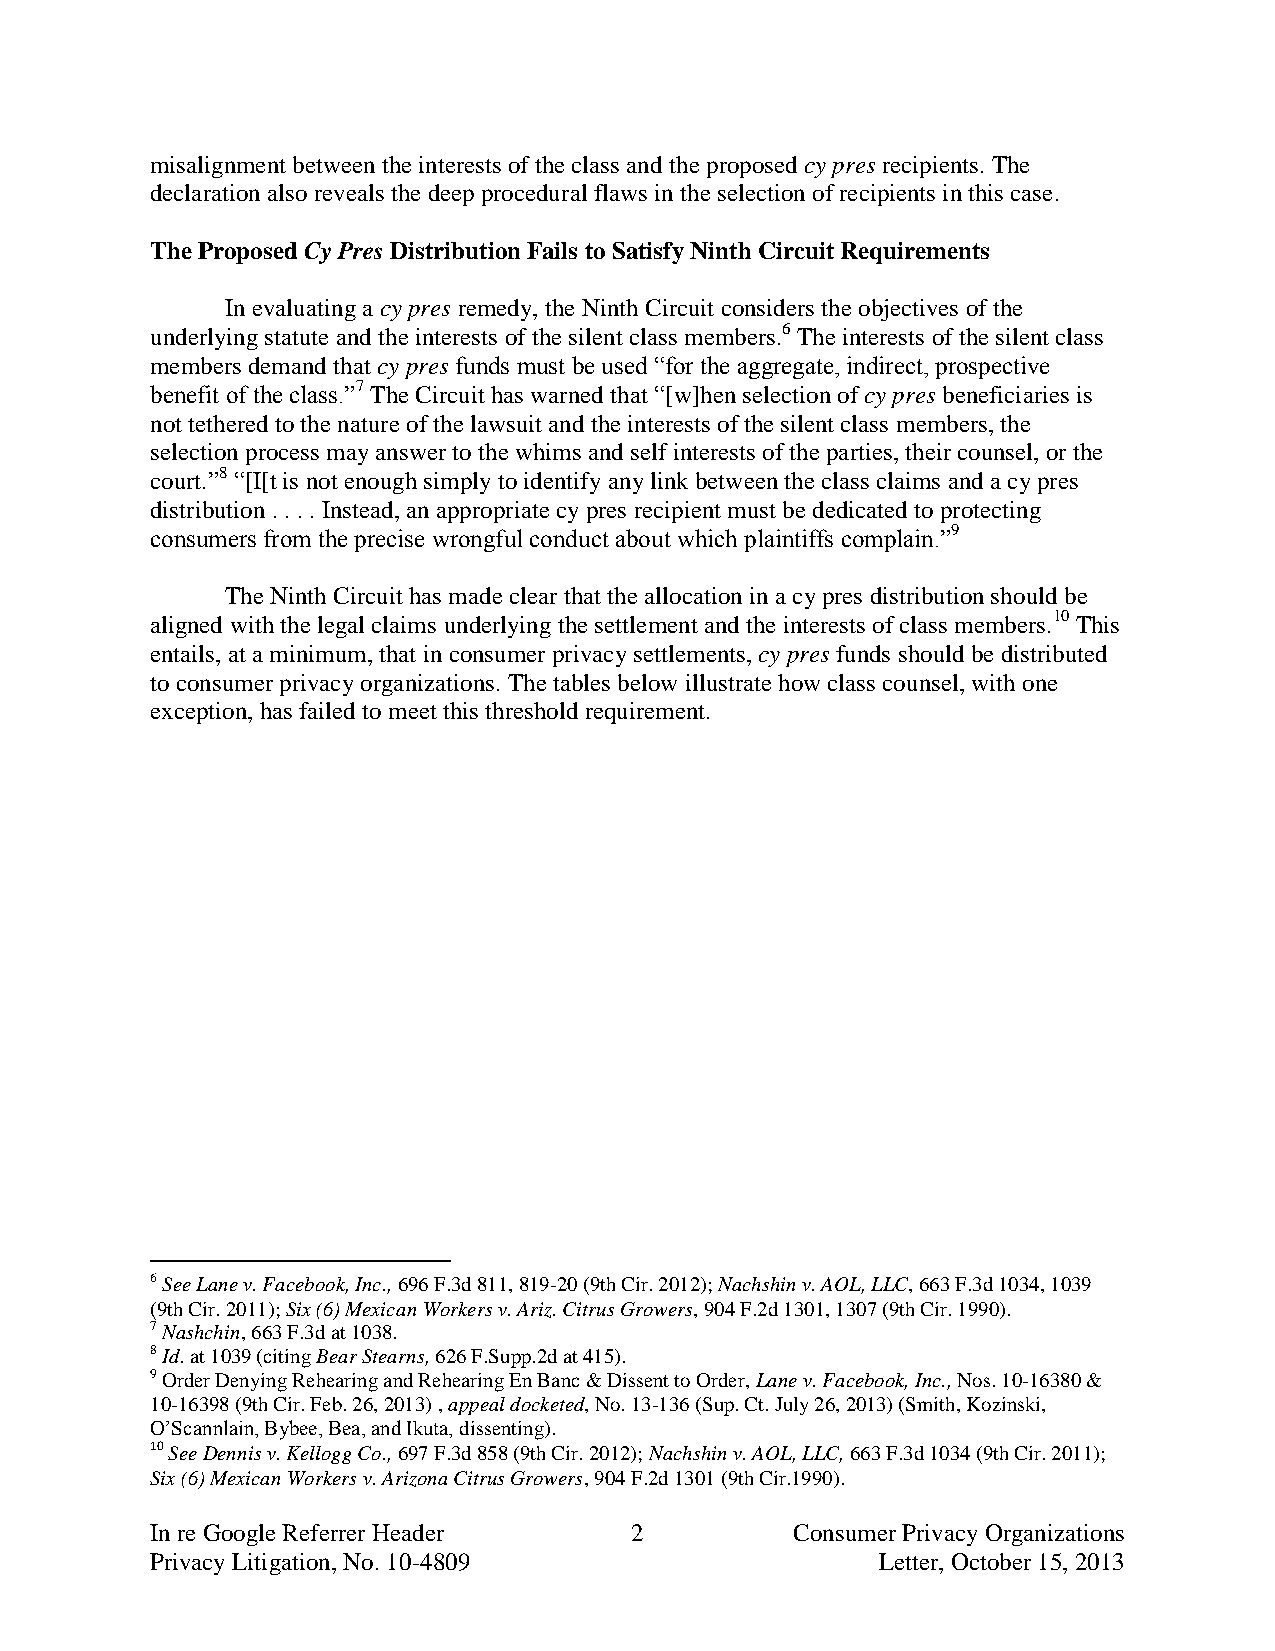
misalignment between the interests of the class and the proposed cy pres recipients. The
 declaration also reveals the deep procedural flaws in the selection of recipients in this case.
 The Proposed Cy Pres Distribution Fails to Satisfy Ninth Circuit Requirements
 In evaluating a cy pres remedy, the Ninth Circuit considers the objectives of the
 underlying statute and the interests of the silent class members.6 The interests of the silent class
 members demand that cy pres funds must be used “for the aggregate, indirect, prospective
 benefit of the class.”7 The Circuit has warned that “[w]hen selection of cy pres beneficiaries is
 not tethered to the nature of the lawsuit and the interests of the silent class members, the
 selection process may answer to the whims and self interests of the parties, their counsel, or the
 court.”8 “[I[t is not enough simply to identify any link between the class claims and a cy pres
 distribution . . . . Instead, an appropriate cy pres recipient must be dedicated to protecting
 consumers from the precise wrongful conduct about which plaintiffs complain.”9
 The Ninth Circuit has made clear that the allocation in a cy pres distribution should be
 aligned with the legal claims underlying the settlement and the interests of class members.10 This
 entails, at a minimum, that in consumer privacy settlements, cy pres funds should be distributed
 to consumer privacy organizations. The tables below illustrate how class counsel, with one
 exception, has failed to meet this threshold requirement.
 6 See Lane v. Facebook, Inc., 696 F.3d 811, 819-20 (9th Cir. 2012); Nachshin v. AOL, LLC, 663 F.3d 1034, 1039
 (9th Cir. 2011); Six (6) Mexican Workers v. Ariz. Citrus Growers, 904 F.2d 1301, 1307 (9th Cir. 1990).
 7 Nashchin, 663 F.3d at 1038.
 8 Id. at 1039 (citing Bear Stearns, 626 F.Supp.2d at 415).
 9 Order Denying Rehearing and Rehearing En Banc & Dissent to Order, Lane v. Facebook, Inc., Nos. 10-16380 &
 10-16398 (9th Cir. Feb. 26, 2013) , appeal docketed, No. 13-136 (Sup. Ct. July 26, 2013) (Smith, Kozinski,
 O’Scannlain, Bybee, Bea, and Ikuta, dissenting).
 10 See Dennis v. Kellogg Co., 697 F.3d 858 (9th Cir. 2012); Nachshin v. AOL, LLC, 663 F.3d 1034 (9th Cir. 2011);
 Six (6) Mexican Workers v. Arizona Citrus Growers, 904 F.2d 1301 (9th Cir.1990).
 In re Google Referrer Header    2          Consumer Privacy Organizations
 Privacy Litigation, No. 10-4809                 Letter, October 15, 2013